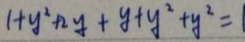
1 + y ^ { 2 } + 2 y + y + y ^ { 2 } + y ^ { 2 } = 1